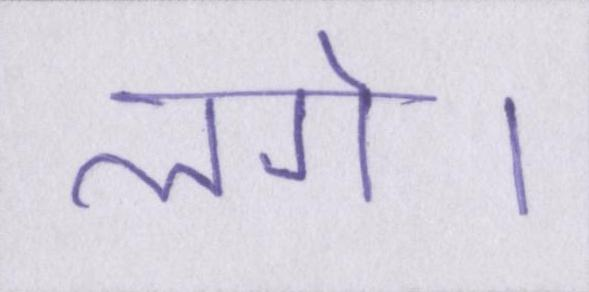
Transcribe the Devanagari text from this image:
लगे।